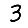
Digit: 3